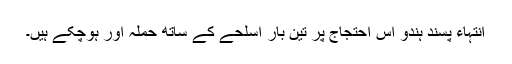
انتہاء پسند ہندو اس احتجاج پر تین بار اسلحے کے ساتھ حملہ آور ہوچکے ہیں۔